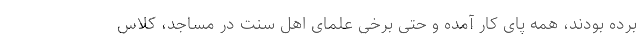
برده بودند، همه پای کار آمده و حتی برخی علمای اهل سنت در مساجد، کلاس